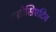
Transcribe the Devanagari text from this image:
एसोसिएटिव